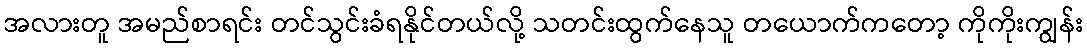
အလားတူ အမည်စာရင်း တင်သွင်းခံရနိုင်တယ်လို့ သတင်းထွက်နေသူ တယောက်ကတော့ ကိုကိုးကျွန်း